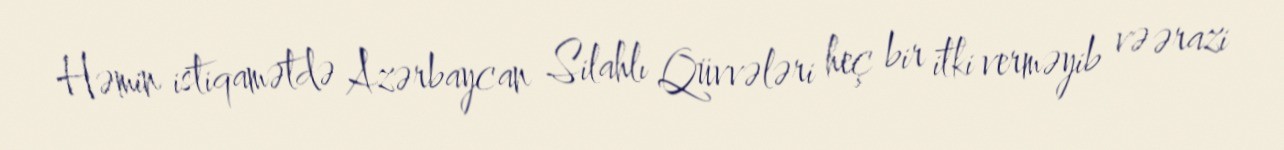
Həmin istiqamətdə Azərbaycan Silahlı Qüvvələri heç bir itki verməyib və ərazi